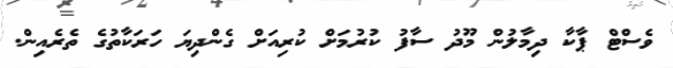
ވެސްޓް ޕާކާ ދިމާލުން މޫދު ސާފު ކުރުމަށް ކުރިއަށް ގެންދިޔަ ހަރަކާތުގެ ތެރެއިން.